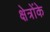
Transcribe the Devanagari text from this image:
क्षेत्रोंके